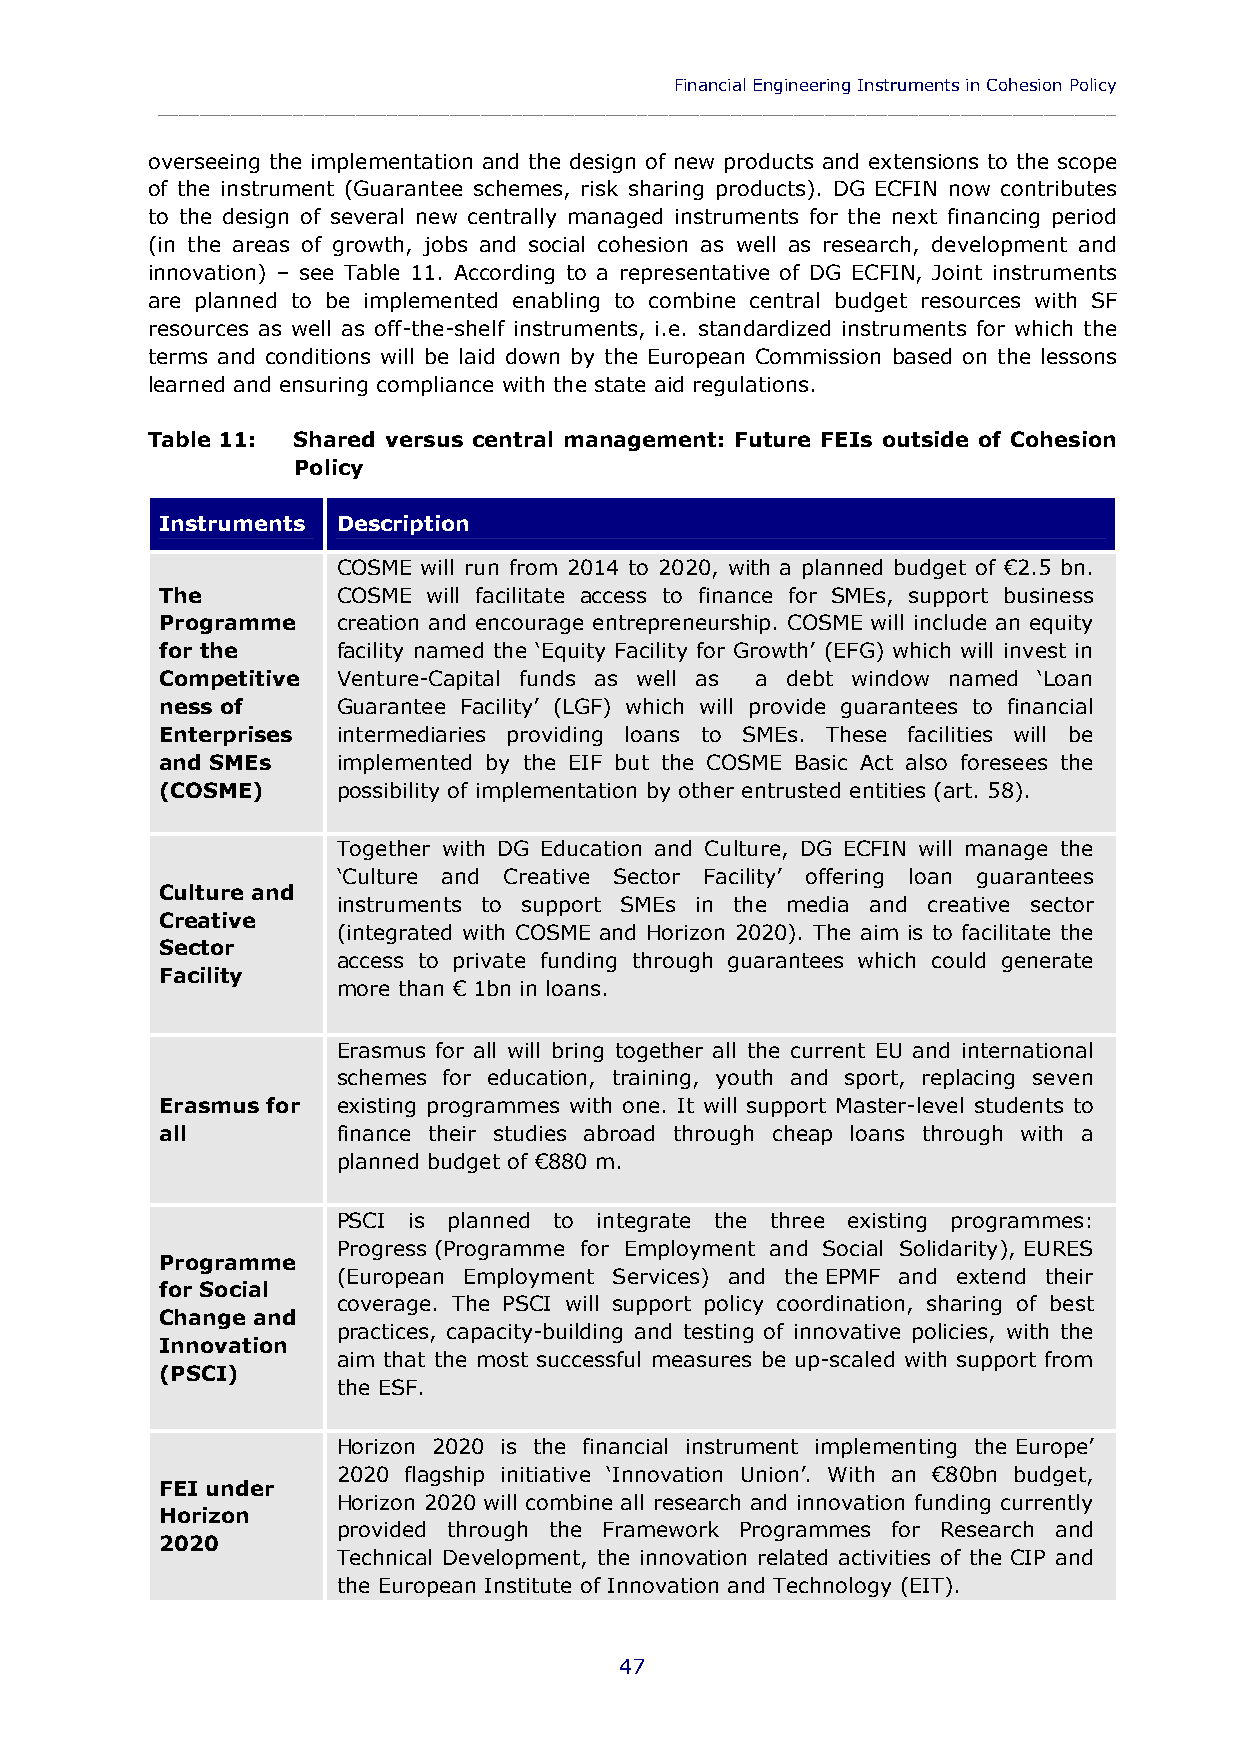
Financial Engineering Instruments in Cohesion Policy
 ____________________________________________________________________________________________
 overseeing the implementation and the design of new products and extensions to the scope
 of the instrument (Guarantee schemes, risk sharing products). DG ECFIN now contributes
 to the design of several new centrally managed instruments for the next financing period
 (in the areas of growth, jobs and social cohesion as well as research, development and
 innovation) – see Table 11. According to a representative of DG ECFIN, Joint instruments
 are planned to be implemented enabling to combine central budget resources with SF
 resources as well as off-the-shelf instruments, i.e. standardized instruments for which the
 terms and conditions will be laid down by the European Commission based on the lessons
 learned and ensuring compliance with the state aid regulations.
 Table 11: Shared versus central management: Future FEIs outside of Cohesion
 Policy
 Instruments Description
 COSME will run from 2014 to 2020, with a planned budget of €2.5 bn.
 The        COSME will facilitate access to finance for SMEs, support business
 Programme  creation and encourage entrepreneurship. COSME will include an equity
 for the    facility named the ‘Equity Facility for Growth’ (EFG) which will invest in
 Competitive Venture-Capital funds as well as a debt window named ‘Loan
 ness of    Guarantee Facility’ (LGF) which will provide guarantees to financial
 Enterprises intermediaries providing loans to SMEs. These facilities will be
 and SMEs   implemented by the EIF but the COSME Basic Act also foresees the
 (COSME)    possibility of implementation by other entrusted entities (art. 58).
 Together with DG Education and Culture, DG ECFIN will manage the
 ‘Culture and Creative Sector Facility’ offering loan guarantees
 Culture and
 instruments to support SMEs in the media and creative sector
 Creative
 (integrated with COSME and Horizon 2020). The aim is to facilitate the
 Sector
 access to private funding through guarantees which could generate
 Facility
 more than € 1bn in loans.
 Erasmus for all will bring together all the current EU and international
 schemes for education, training, youth and sport, replacing seven
 Erasmus for existing programmes with one. It will support Master-level students to
 all        finance their studies abroad through cheap loans through with a
 planned budget of €880 m.
 PSCI is planned to integrate the three existing programmes:
 Progress (Programme for Employment and Social Solidarity), EURES
 Programme
 (European Employment Services) and the EPMF and extend their
 for Social
 coverage. The PSCI will support policy coordination, sharing of best
 Change and
 practices, capacity-building and testing of innovative policies, with the
 Innovation
 aim that the most successful measures be up-scaled with support from
 (PSCI)
 the ESF.
 Horizon 2020 is the financial instrument implementing the Europe’
 2020 flagship initiative ‘Innovation Union’. With an €80bn budget,
 FEI under
 Horizon 2020 will combine all research and innovation funding currently
 Horizon
 provided through the Framework Programmes for Research and
 2020
 Technical Development, the innovation related activities of the CIP and
 the European Institute of Innovation and Technology (EIT).
 47